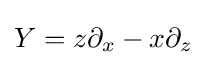
Y=z\partial _{x}-x\partial _{z}